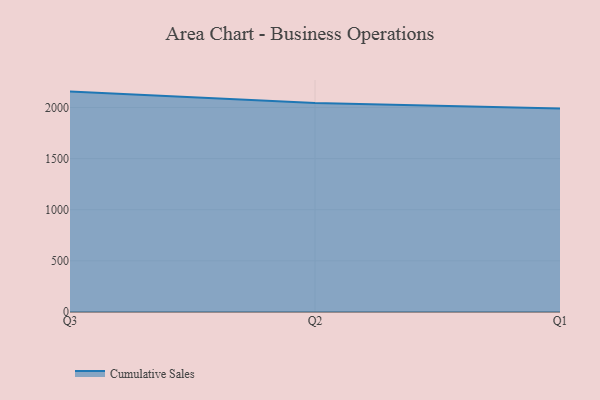
{"axis": {"x": "Quarter", "y": "Gross Profit (USD K)"}, "legend": ["Cumulative Sales"], "data": [{"x": "Q3", "y": 2155.5, "type": "Cumulative Sales"}, {"x": "Q2", "y": 2044.6, "type": "Cumulative Sales"}, {"x": "Q1", "y": 1990.8, "type": "Cumulative Sales"}]}